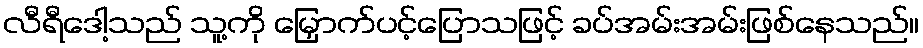
လီရီဒေါ့သည် သူ့ကို မြှောက်ပင့်ပြောသဖြင့် ခပ်အမ်းအမ်းဖြစ်နေသည်။